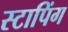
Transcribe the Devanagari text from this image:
स्टापिंग